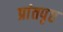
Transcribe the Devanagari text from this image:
प्रांतपृष्ठ